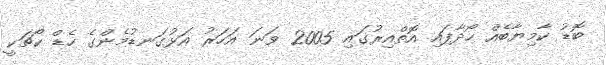
ބޮޑު ކާމިޔާބެއް ހޯދާފައި އޮތްއިރުގައި 2005 ވަނަ އަހަރު އަޅުގަނޑުމެންގެ ހެޑް ކޯޗަކީ